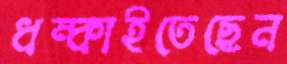
ধম্‌কাইতেছেন